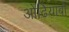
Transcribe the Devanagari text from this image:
ओढियांबो